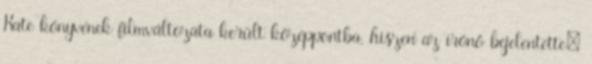
Kate könyvének filmváltozata került középpontba, hiszen az írónő bejelentette: